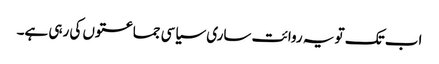
اب تک تو یہ روائت ساری سیاسی جماعتوں کی رہی ہے۔